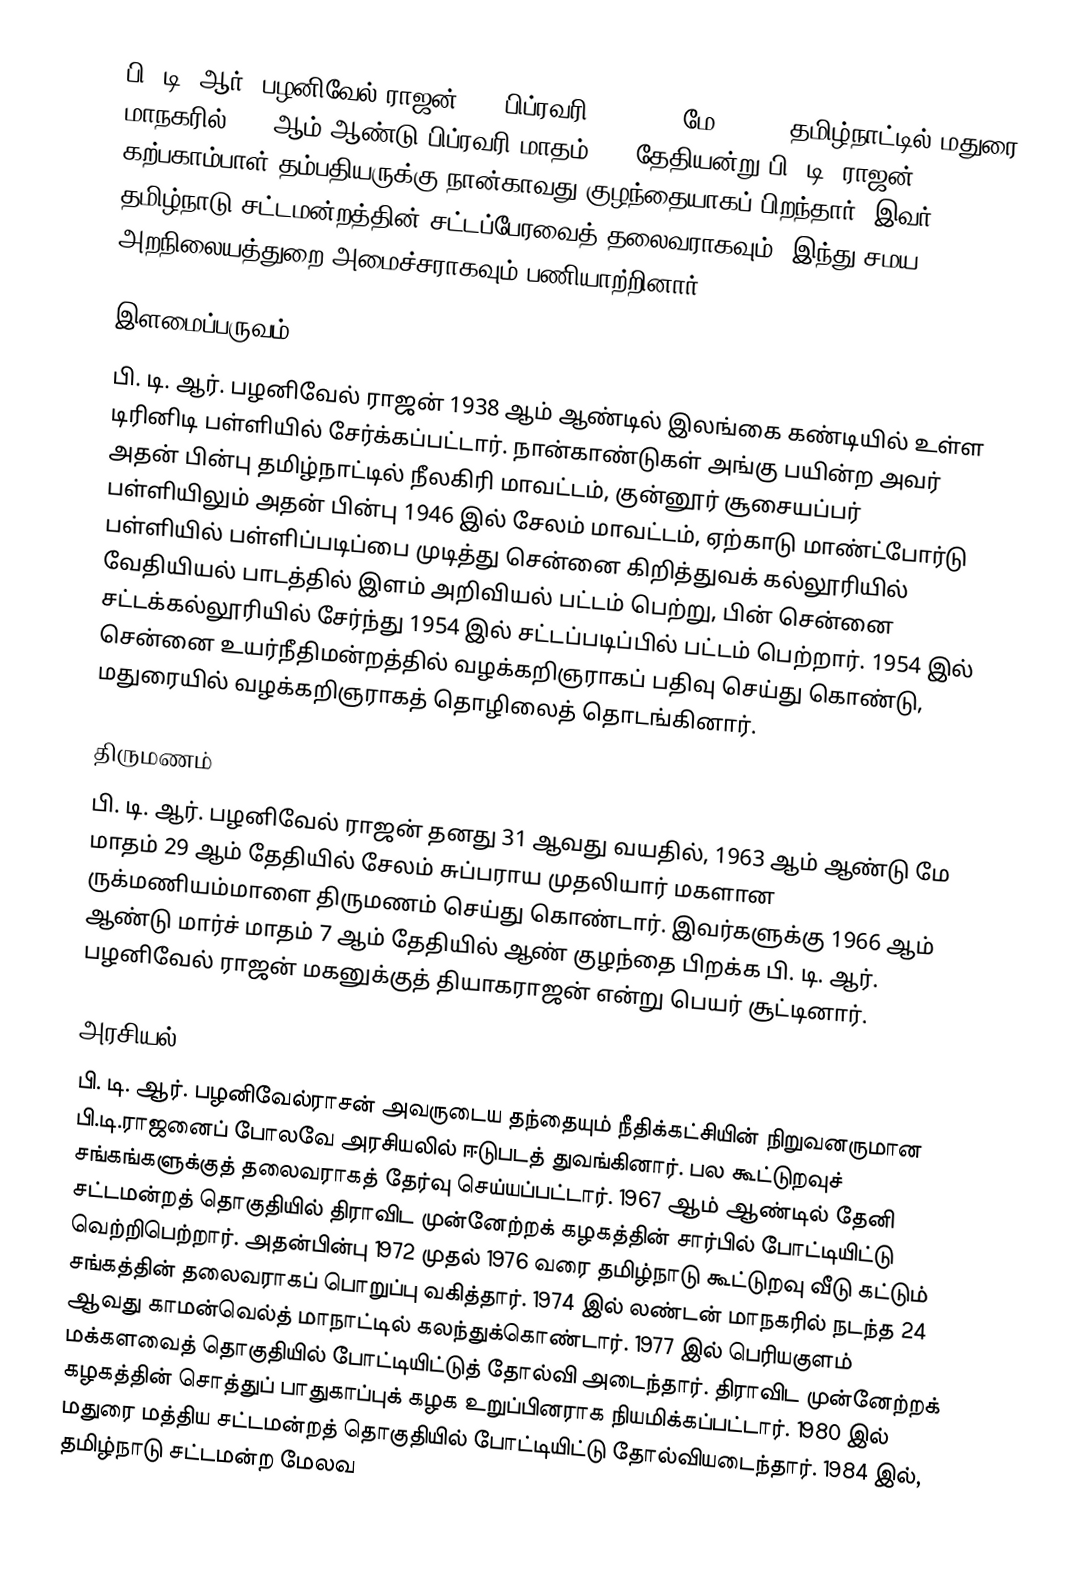
பி. டி. ஆர். பழனிவேல் ராஜன் (27 பிப்ரவரி, 1932-20 மே, 2006) தமிழ்நாட்டில் மதுரை மாநகரில் 1932ஆம் ஆண்டு பிப்ரவரி மாதம் 27, தேதியன்று பி. டி. ராஜன் - கற்பகாம்பாள் தம்பதியருக்கு நான்காவது குழந்தையாகப் பிறந்தார். இவர் தமிழ்நாடு சட்டமன்றத்தின் சட்டப்பேரவைத் தலைவராகவும், இந்து சமய அறநிலையத்துறை அமைச்சராகவும் பணியாற்றினார்.

இளமைப்பருவம்
பி. டி. ஆர். பழனிவேல் ராஜன் 1938 ஆம் ஆண்டில் இலங்கை கண்டியில் உள்ள டிரினிடி பள்ளியில் சேர்க்கப்பட்டார். நான்காண்டுகள் அங்கு பயின்ற அவர் அதன் பின்பு தமிழ்நாட்டில் நீலகிரி மாவட்டம், குன்னூர் சூசையப்பர் பள்ளியிலும் அதன் பின்பு 1946 இல் சேலம் மாவட்டம்,  ஏற்காடு மாண்ட்போர்டு பள்ளியில் பள்ளிப்படிப்பை முடித்து சென்னை  கிறித்துவக் கல்லூரியில் வேதியியல் பாடத்தில் இளம் அறிவியல் பட்டம் பெற்று, பின் சென்னை சட்டக்கல்லூரியில் சேர்ந்து 1954 இல் சட்டப்படிப்பில் பட்டம் பெற்றார். 1954 இல் சென்னை உயர்நீதிமன்றத்தில் வழக்கறிஞராகப் பதிவு செய்து கொண்டு, மதுரையில் வழக்கறிஞராகத் தொழிலைத் தொடங்கினார்.

திருமணம்
பி. டி. ஆர். பழனிவேல் ராஜன் தனது 31 ஆவது வயதில், 1963 ஆம் ஆண்டு மே மாதம் 29 ஆம் தேதியில் சேலம் சுப்பராய முதலியார் மகளான ருக்மணியம்மாளை திருமணம் செய்து கொண்டார். இவர்களுக்கு 1966 ஆம் ஆண்டு மார்ச் மாதம் 7 ஆம் தேதியில் ஆண் குழந்தை பிறக்க பி. டி. ஆர். பழனிவேல் ராஜன் மகனுக்குத் தியாகராஜன் என்று பெயர் சூட்டினார்.

அரசியல்
பி. டி. ஆர். பழனிவேல்ராசன் அவருடைய தந்தையும் நீதிக்கட்சியின் நிறுவனருமான பி.டி.ராஜனைப் போலவே அரசியலில் ஈடுபடத் துவங்கினார். பல கூட்டுறவுச் சங்கங்களுக்குத் தலைவராகத் தேர்வு செய்யப்பட்டார். 1967 ஆம் ஆண்டில் தேனி சட்டமன்றத் தொகுதியில் திராவிட முன்னேற்றக் கழகத்தின் சார்பில் போட்டியிட்டு வெற்றிபெற்றார். அதன்பின்பு 1972 முதல் 1976 வரை தமிழ்நாடு கூட்டுறவு வீடு கட்டும் சங்கத்தின் தலைவராகப் பொறுப்பு வகித்தார். 1974 இல் லண்டன் மாநகரில் நடந்த 24 ஆவது காமன்வெல்த் மாநாட்டில் கலந்துக்கொண்டார். 1977 இல் பெரியகுளம் மக்களவைத் தொகுதியில் போட்டியிட்டுத் தோல்வி அடைந்தார். திராவிட முன்னேற்றக் கழகத்தின் சொத்துப் பாதுகாப்புக் கழக உறுப்பினராக நியமிக்கப்பட்டார். 1980 இல் மதுரை மத்திய சட்டமன்றத் தொகுதியில் போட்டியிட்டு தோல்வியடைந்தார். 1984 இல், தமிழ்நாடு சட்டமன்ற மேலவ